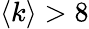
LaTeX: \langle k\rangle>8